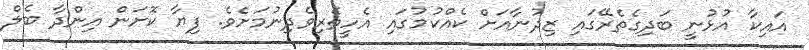
އައިކާ އުޅުނީ ބަދިގެތެރޭގައި ޒިދުނާއަށް ކެއްކުމުގައި އެހީތެރިވެދިނުމަށެވެ. ފިޔާ ކޮށަން އިންދާ ބެލް